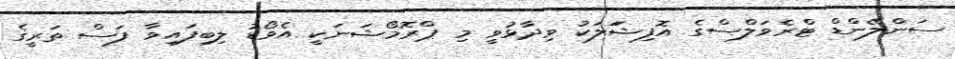
ސަންލޭންޑް ޓްރެވަލްސްގެ އޮފިޝަަލަކު ވިދާޅުވީ މި ޕްރޮމޯޝަނަކީ އެވޯޑު ލިބިފައިވާ ފަސް ތަރީގެ